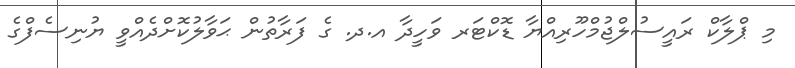
މި ޕްލާކް ރައީސުލްޖުމްހޫރިއްޔާ ޑޮކްޓަރ ވަހީދާ އ.ދ. ގެ ފަރާތުން ޙަވާލުކޮށްދެއްވީ ޔުނިސެފްގެ